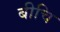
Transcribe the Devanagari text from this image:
बीचि